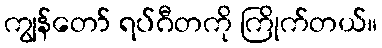
ကျွန်တော် ရပ်ဂီတကို ကြိုက်တယ်။